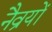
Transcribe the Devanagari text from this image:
नैव्रयों